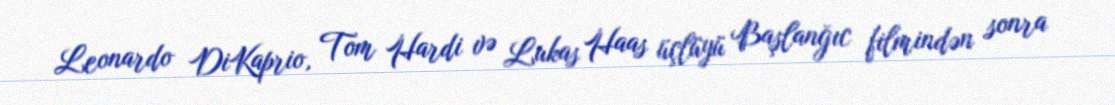
Leonardo DiKaprio, Tom Hardi və Lukas Haas üçlüyü Başlanğıc filmindən sonra